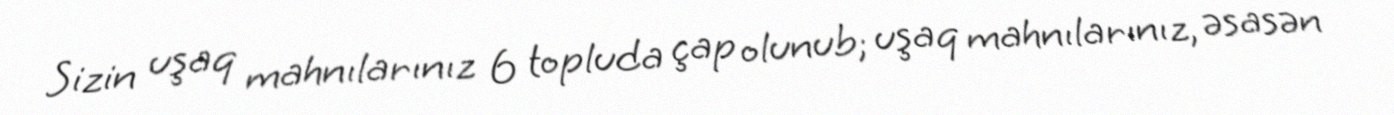
Sizin uşaq mahnılarınız 6 topluda çap olunub; uşaq mahnılarınız, əsasən